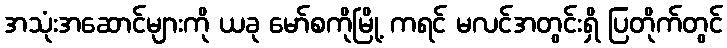
အသုံးအဆောင်များကို ယခု မော်စကိုမြို့ ကရင် မလင်အတွင်းရှိ ပြတိုက်တွင်